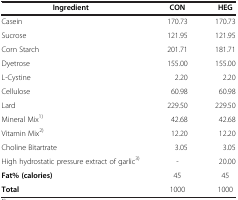
<table><thead><tr><td><b>Ingredient</b></td><td><b>CON</b></td><td><b>HEG</b></td></tr></thead><tbody><tr><td>Casein</td><td>170.73</td><td>170.73</td></tr><tr><td>Sucrose</td><td>121.95</td><td>121.95</td></tr><tr><td>Corn Starch</td><td>201.71</td><td>181.71</td></tr><tr><td>Dyetrose</td><td>155.00</td><td>155.00</td></tr><tr><td>L-Cystine</td><td>2.20</td><td>2.20</td></tr><tr><td>Cellulose</td><td>60.98</td><td>60.98</td></tr><tr><td>Lard</td><td>229.50</td><td>229.50</td></tr><tr><td>Mineral Mix<sup>1)</sup></td><td>42.68</td><td>42.68</td></tr><tr><td>Vitamin Mix<sup>2)</sup></td><td>12.20</td><td>12.20</td></tr><tr><td>Choline Bitartrate</td><td>3.05</td><td>3.05</td></tr><tr><td>High hydrostatic pressure extract of garlic<sup>3)</sup></td><td>-</td><td>20.00</td></tr><tr><td><b>Fat% (calories)</b></td><td>45</td><td>45</td></tr><tr><td><b>Total</b></td><td>1000</td><td>1000</td></tr></tbody></table>